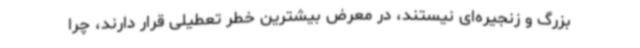
بزرگ و زنجیره‌ای نیستند، در معرض بیشترین خطر تعطیلی قرار دارند، چرا